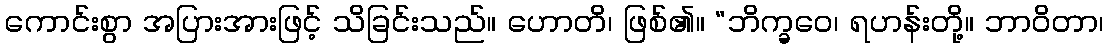
ကောင်းစွာ အပြားအားဖြင့် သိခြင်းသည်။ ဟောတိ၊ ဖြစ်၏။ “ဘိက္ခဝေ၊ ရဟန်းတို့။ ဘာဝိတာ၊